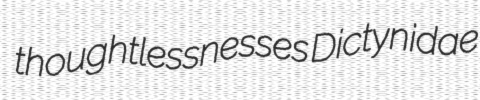
thoughtlessnesses Dictynidae